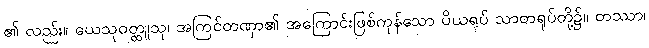
၏ လည်း။ ယေသုဝတ္ထူသု၊ အကြင်တဏှာ၏ အကြောင်းဖြစ်ကုန်သော ပိယရုပ် သာတရုပ်တို့၌။ တဿာ၊